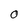
Character: 0